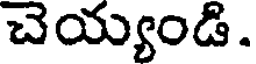
చెయ్యండి.